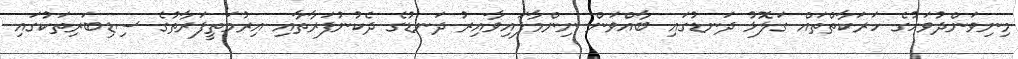
މިނިވަންދުވަހުގެ ހަރަކާތްތައް ގަލޮޅު ދަނޑުގައި ބާއްވަން ނިންމާފައިވާއިރު ދަނޑުގެ ދެކުނުފަރާތާއި އިރުމަތީފަރާތުގެ ސިޑިބަރިތަކުގައި